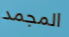
المجمد